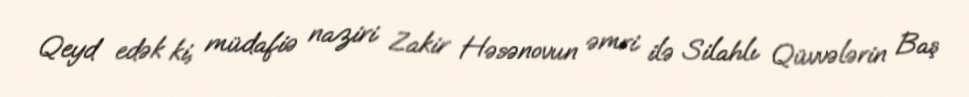
Qeyd edək ki, müdafiə naziri Zakir Həsənovun əmri ilə Silahlı Qüvvələrin Baş